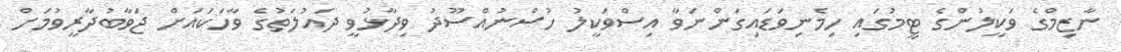
ނާޒިމްގެ ވަކީލުންގެ ޓީމުގައި ހިމެނިވަޑައިގަންނަވާ އިސްވަކީލު ހުސްނުއްސޫދު ވިދާޅުވީ ދައުލަތުގެ ވާހަކައަށް ޖަވާބުދާރީވުމަށް